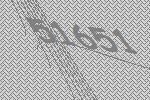
51651